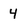
Character: 4